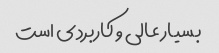
بسیار عالی و کاربردی است